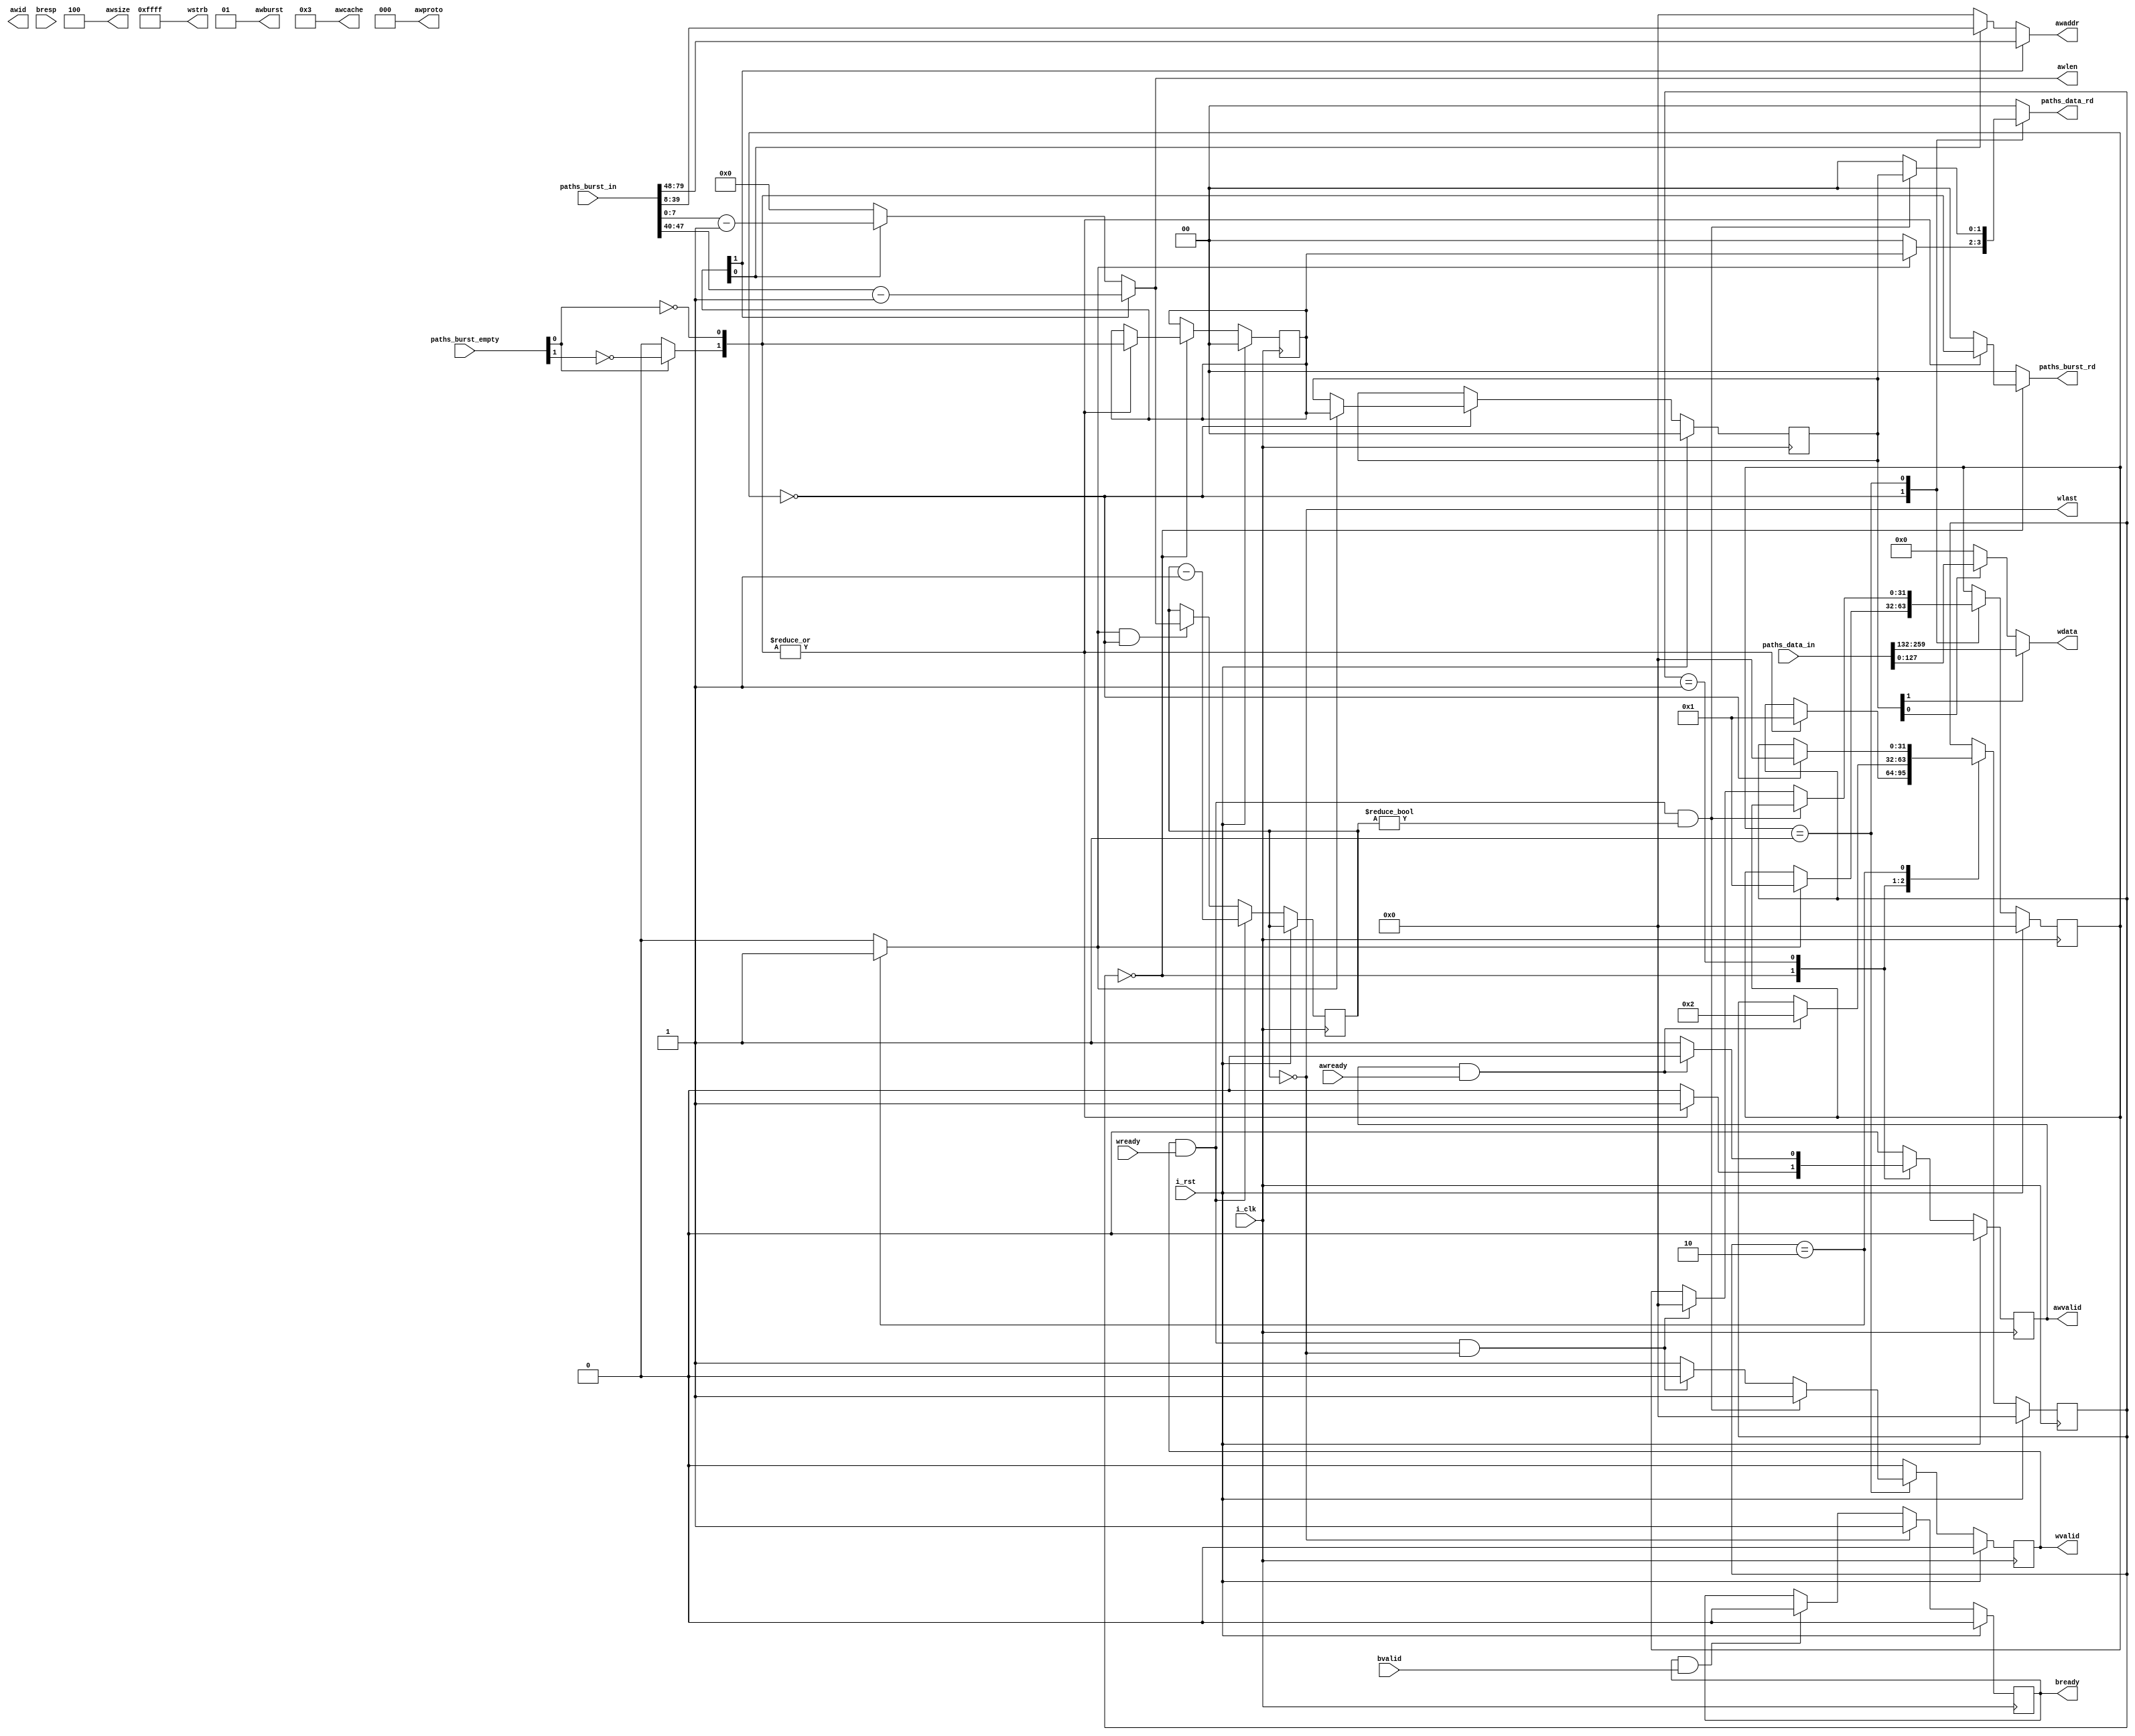
module adv_drc_axi_pusher #(
	parameter p_paths = 2,
	parameter p_id_bits = 1
	)(
		input wire i_clk,
		input wire i_rst,

		output reg [p_paths-1:0] paths_burst_rd,
		output reg [p_paths-1:0] paths_data_rd,
		input wire [p_paths*132-1:0] paths_data_in,
		input wire [p_paths-1:0] paths_burst_empty,
		input wire [p_paths*40-1:0] paths_burst_in,

		output reg	[31:0] 		awaddr,
		output reg	[7:0] 		awlen,
		output wire [2:0] 		awsize,
		output wire [1:0]		awburst,
		output wire [3:0]		awcache,
		output wire [2:0]		awproto,
		output reg [p_id_bits-1:0] awid,
		output reg				awvalid,
		input wire				awready,

		output reg [127:0]		wdata,
		output wire [15:0]		wstrb,
		output wire 			wlast,
		output reg				wvalid,
		input wire				wready,

		input wire [1:0]		bresp,
		input wire				bvalid,
		output reg				bready
	);

// 128bits in each data transfer
assign awsize = 3'b100;

// INCR Burst
assign awburst = 2'b01;

// Fixed xilinx
assign awcache = 4'b0011;
assign awproto = 3'b000;
assign wstrb = 16'hFFFF;

integer j;

reg [p_paths-1:0] addr_path_active, data_path_active;
reg [p_paths-1:0] addr_path_active_next, data_path_active_next;

//address and burst len mux
always @(*) begin
	//awaddr = awaddr;
	//awlen = awlen;
	//wdata = wdata;
	awaddr = 0;
	awlen = 0;
	wdata = 0;
	for (j=0; j<p_paths; j=j+1) begin
		if(addr_path_active[j]) begin
			awaddr = paths_burst_in[j*40+8 +:32];
			awlen = paths_burst_in[j*40 +:8] - 1'b1;
		end
		if(data_path_active[j]) begin
			wdata = paths_data_in[j*132 +:128];
		end
	end
end

//Path priority selector
reg [p_paths-1:0] path_sel;
generate
	genvar i;
	for (i=0; i<p_paths; i=i+1) begin
		reg all_null;
		always @(*) begin
			all_null = ~paths_burst_empty[i];
			for (j=0; j<i;j=j+1) begin
				if(paths_burst_empty[j] == 1'b0)
					all_null = 0;
			end
		end

		always @(*) begin
			path_sel[i] = all_null;
		end
	end
endgenerate

//Data state machine
localparam 
	lp_data_state_bits = 32,
	lp_data_state_idle = 0,
	lp_data_state_burst = 1;
reg start_data;
reg [lp_data_state_bits-1:0] data_state, data_state_next;
reg wvalid_next, awvalid_next;

reg	[7:0] burst_ctr;
assign wlast = burst_ctr == 0;

always @(*) begin
	data_state_next = data_state;
	data_path_active_next = data_path_active;
	paths_data_rd = 0;
	wvalid_next = 0;

	case(data_state)
		lp_data_state_idle: begin
			if(start_data) begin
				data_path_active_next = addr_path_active;
				paths_data_rd = addr_path_active;
				data_state_next = lp_data_state_burst; 			
			end
		end

		lp_data_state_burst: begin
			wvalid_next = 1;
			if(wvalid && wready && burst_ctr != 0) begin
				paths_data_rd = data_path_active;
			end else if (wvalid && wready && burst_ctr == 0) begin
				wvalid_next = 0;
				data_state_next = lp_data_state_idle;
			end
		end
	endcase
end

//Addressing state machine
localparam 
	lp_addr_state_bits = 32,
	lp_addr_state_idle = 0,
	lp_addr_state_address = 1,
	lp_addr_state_start_data = 2;

reg [lp_addr_state_bits-1:0] addr_state, addr_state_next;

always @(*) begin
	addr_state_next = addr_state;
	addr_path_active_next = addr_path_active;
	paths_burst_rd = 0;
	awvalid_next = 0;
	start_data = 0;

	case(addr_state)
		lp_addr_state_idle: begin
			if(|path_sel) begin
				addr_path_active_next = path_sel;
				paths_burst_rd = path_sel;

				awvalid_next = 1;
				addr_state_next = lp_addr_state_address;
			end
		end

		lp_addr_state_address: begin
			awvalid_next = 1;
			if(awvalid && awready) begin
				awvalid_next = 0;
				addr_state_next = lp_addr_state_start_data;
			end
		end

		lp_addr_state_start_data: begin
			start_data = 1;
			if(data_state == lp_data_state_idle) begin
				addr_state_next = lp_addr_state_idle;
			end
		end
	endcase
end

always @(posedge i_clk) begin
	if (i_rst) begin
		addr_state <= lp_addr_state_idle;
		data_state <= lp_data_state_idle;
		addr_path_active <= 0;
		data_path_active <= 0;

		wvalid <= 0;
		awvalid <= 0;
		bready <= 0;
	end else begin
		addr_state <= addr_state_next;
		data_state <= data_state_next;

		addr_path_active <= addr_path_active_next;
		data_path_active <= data_path_active_next;

		wvalid <= wvalid_next;
		awvalid <= awvalid_next;

		if(wlast)
			bready <= 1;
		else if(bready && bvalid)
			bready <= 0;

		if(start_data && data_state == lp_data_state_idle)
			burst_ctr <= awlen;
		if(wvalid && wready)
			burst_ctr <= burst_ctr - 1'b1;
	end
end

endmodule